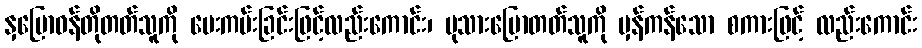
နှမြောဝန်တိုတတ်သူကို ပေးကမ်းခြင်းဖြင့်လည်းကောင်း၊ မုသားပြောတတ်သူကို မှန်ကန်သော စကားဖြင့် လည်းကောင်း